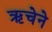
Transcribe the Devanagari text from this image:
ऋचेने